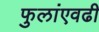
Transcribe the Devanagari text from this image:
फुलांएवढी